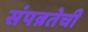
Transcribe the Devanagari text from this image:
संपन्नतेची